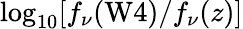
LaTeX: \log_{10}[f_{\nu}(\mathrm{W4})/f_{\nu}(z)]